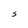
Character: S